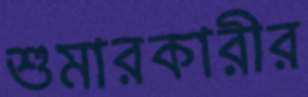
শুমারকারীর